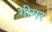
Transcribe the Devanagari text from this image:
गीगर